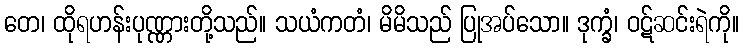
တေ၊ ထိုရဟန်းပုဏ္ဏားတို့သည်။ သယံကတံ၊ မိမိသည် ပြုအပ်သော။ ဒုက္ခံ၊ ဝဋ်ဆင်းရဲကို။